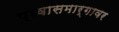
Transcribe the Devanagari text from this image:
प्रवासमार्गावर